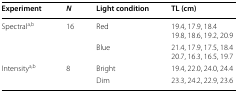
| Experiment | N | Light condition | TL (cm) |
 | --- | --- | --- | --- |
 | <ROWSPAN=2> Spectrala,b | <ROWSPAN=2> 16 | Red | 19.4, 17.9, 18.419.8, 18.6, 19.2, 20.9 |
 | Blue | 21.4, 17.9, 17.5, 18.420.7, 16.3, 16.5, 19.7 |
 | <ROWSPAN=2> Intensitya,b | <ROWSPAN=2> 8 | Bright | 19.4, 22.0, 24.0, 24.4 |
 | Dim | 23.3, 24.2, 22.9, 23.6 |